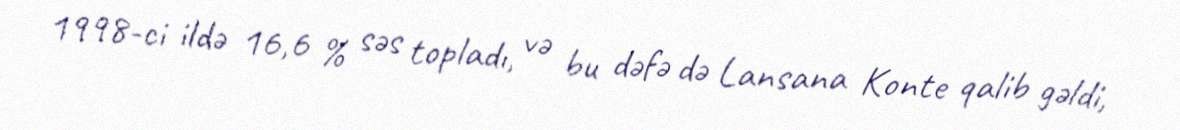
1998-ci ildə 16,6 % səs topladı, və bu dəfə də Lansana Konte qalib gəldi,